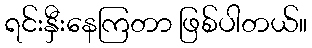
ရင်းနှီးနေကြတာ ဖြစ်ပါတယ်။